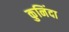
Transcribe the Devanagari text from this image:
कुनिंदा